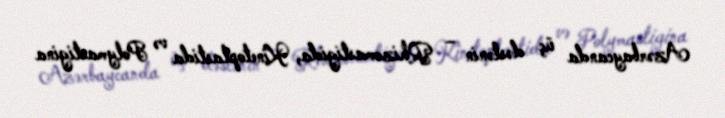
Azərbaycanda üç dəstənin – Rhizomastigida, Kinetoplastida və Polymastigina